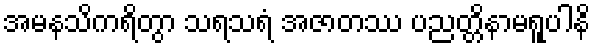
အမနသိကရိတွာ သရသရံ အဇာတဿ ပညတ္တိနာမရူပါနိ